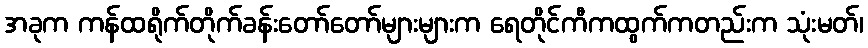
အခုက ကန်ထရိုက်တိုက်ခန်းတော်တော်များများက ရေတိုင်ကီကထွက်ကတည်းက သုံးမတ်၊